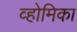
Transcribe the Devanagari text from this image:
व्होमिका